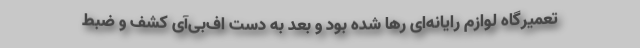
تعمیرگاه لوازم رایانه‌ای رها شده بود و بعد به دست اف‌بی‌آی کشف و ضبط